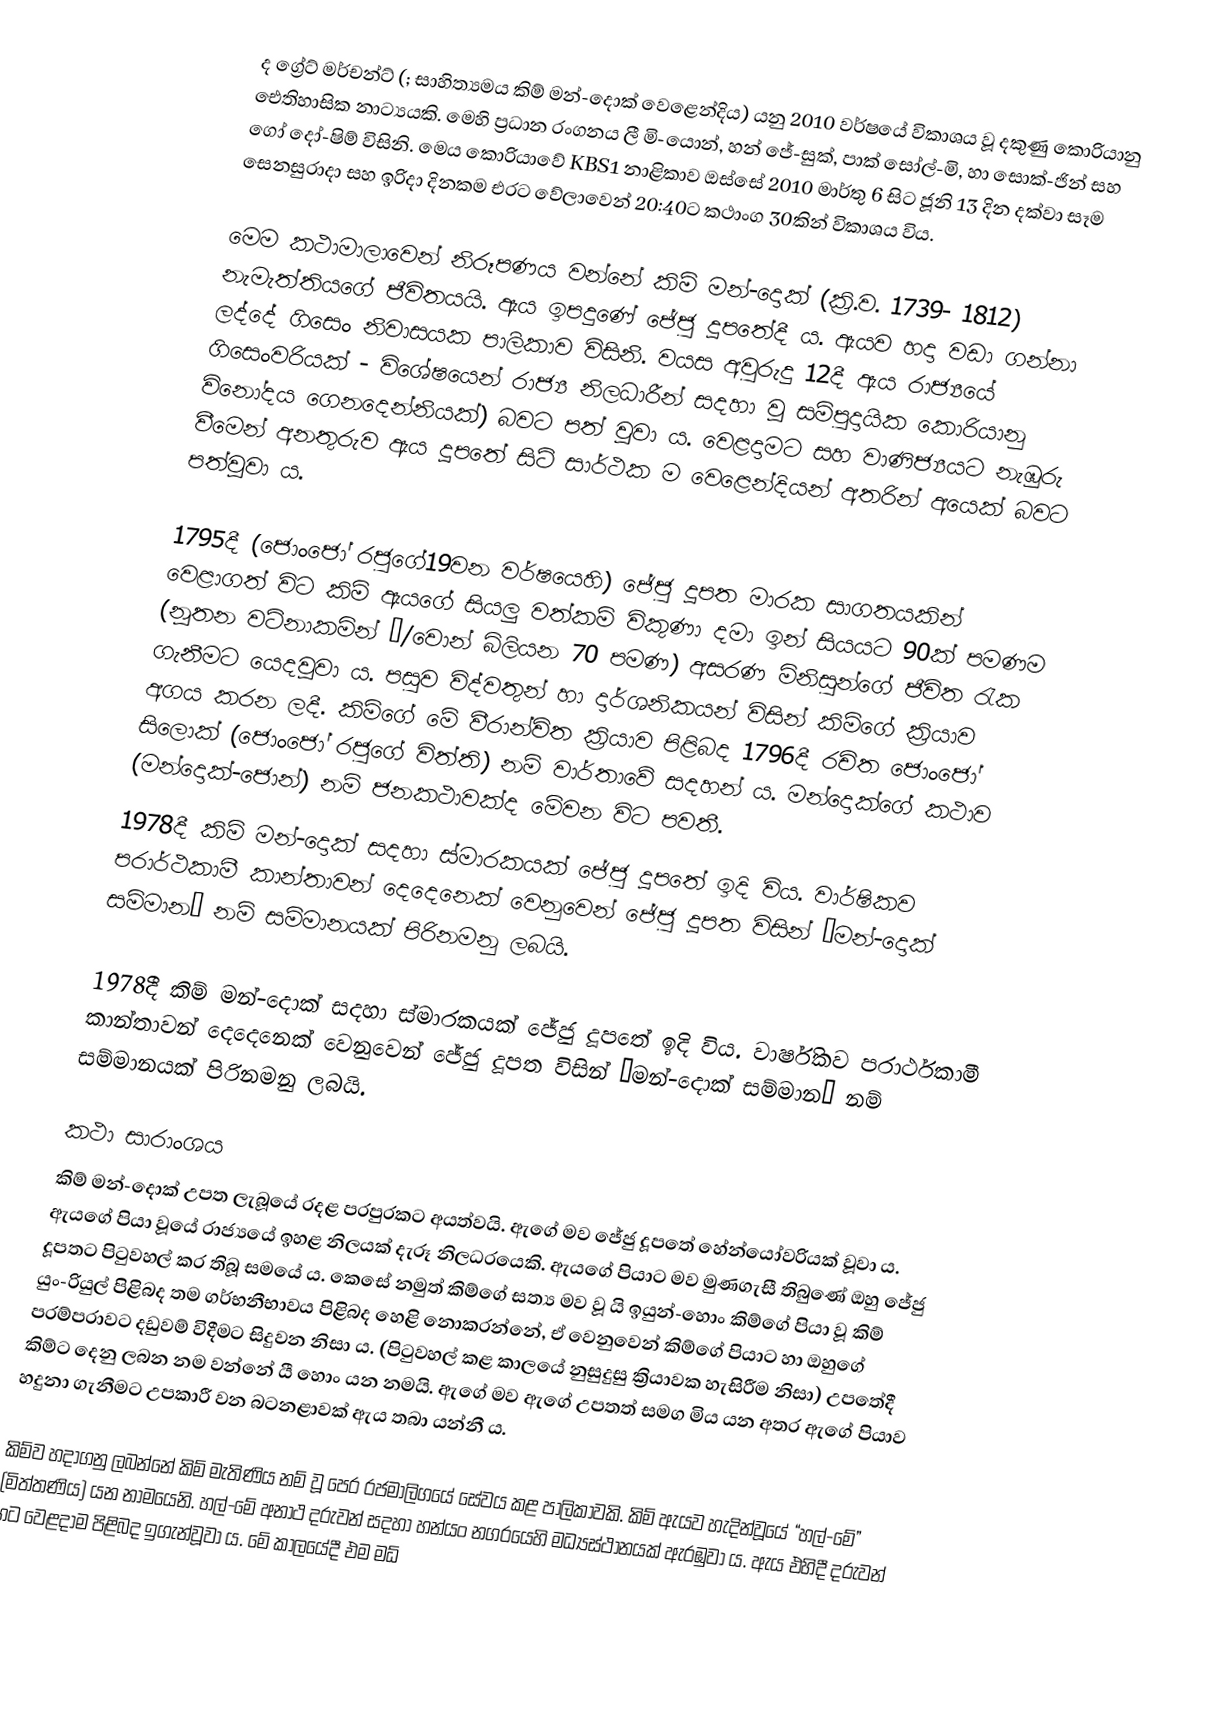
ද ග්‍රේට් මර්චන්ට් (; සාහිත්‍යමය කිම් මන්-දොක් වෙළෙන්දිය) යනු 2010 වර්ෂයේ විකාශය වූ දකුණු කොරියානු ඓතිහාසික නාට්‍යයකි. මෙහි ප්‍රධාන රංගනය ලී මි-යොන්, හන් ජේ-සුක්, පාක් සෝල්-මි, හා සොක්-ජින් සහ ගෝ දෝ-ෂිම් විසිනි. මෙය කොරියාවේ KBS1 නාළිකාව ඔස්සේ 2010 මාර්තු 6 සිට ජූනි 13 දින දක්වා සෑම සෙනසුරාදා සහ ඉරිදා දිනකම එරට වේලාවෙන් 20:40ට කථාංග 30කින් විකාශය විය.

මෙම කථාමාලාවෙන් නිරූපණය වන්නේ කිම් මන්-දොක් (ක්‍රි.ව. 1739- 1812) නැමැත්තියගේ ජීවිතයයි. ඇය ඉපදුණේ ජේජු දූපතේදී ය. ඇයව හදා වඩා ගන්නා ලද්දේ ගිසෙං නිවාසයක පාලිකාව විසිනි. වයස අවුරුදු 12දී ඇය රාජ්‍යයේ ගිසෙංවරියක් - විශේෂයෙන් රාජ්‍ය නිලධාරීන් සදහා වූ සම්පුදායික කොරියානු  විනෝදය ගෙනදෙන්නියක්) බවට පත් වූවා ය. වෙළදා‍මට සහ වාණිජ්‍යයට නැඹුරු වීමෙන් අනතුරුව ඇය දූපතේ සිටි සාර්ථක ම වෙළෙන්දියන් අතරින් අයෙක් බවට පත්වූවා ය.

1795දී (ජොංජෝ රජුගේ19වන වර්ෂයෙහි) ජේජු දූපත මාරක සාගතයකින් වෙළාගත් විට කිම් ඇයගේ සියලු වත්කම් විකුණා දමා ඉන් සියයට 90ක් පමණම (නූතන වටිනාකමින් ₩/වොන් බිලියන 70 පමණ) අසරණ මිනිසුන්ගේ ජීවිත රැක ගැනීමට යෙදවූවා ය. පසුව විද්වතුන් හා දාර්ශනිකයන් විසින් කිම්ගේ ක්‍රියාව අගය කරන ලදී. කිම්ගේ මේ වීරාන්විත ක්‍රියාව පිළිබද 1796දී රචිත  ජොංජෝ සිලොක් (ජොංජෝ රජුගේ විත්ති) නම් වාර්තාවේ සදහන් ය.  මන්දොක්ගේ කථාව (මන්දොක්-ජොන්) නම් ජනකථාවක්ද මේවන විට පවතී.
1978දී කිම් මන්-දොක් සදහා ස්මාරකයක් ජේජු දූපතේ ඉදි විය. වාර්ෂිකව පරාර්ථකාමී කාන්තාවන් දෙදෙනෙක්  වෙනුවෙන් ජේජු දූපත විසින් “මන්-දොක් සම්මාන” නම් සම්මානයක් පිරිනමනු ලබයි.

1978දී කිම් මන්-දොක් සදහා ස්මාරකයක් ජේජු දූපතේ ඉදි විය. වාර්ෂිකව පරාර්ථකාමී කාන්තාවන් දෙදෙනෙක්  වෙනුවෙන් ජේජු දූපත විසින් “මන්-දොක් සම්මාන” නම් සම්මානයක් පිරිනමනු ලබයි.

කථා සාරාංශය
කිම් මන්-දොක් උපත ලැබූයේ රදළ පරපුරකට අයත්වයි. ඇගේ මව ජේජු දූපතේ හේන්යෝවරියක් වූවා ය. ඇයගේ පියා වූයේ රාජ්‍යයේ ඉහළ නිලයක් දැරූ නිලධරයෙකි. ඇයගේ පියාට මව මුණගැසී තිබුණේ ඔහු ජේජු දූපතට පිටුවහල් කර තිබූ සමයේ ය. කෙසේ නමුත් කිම්ගේ සත්‍ය මව වූ යි ඉයුන්-හොං කිම්ගේ  පියා වූ කිම් යුං-රියුල් පිළිබද තම ගර්භනීභාවය පිළිබද හෙළි නොකරන්නේ, ඒ වෙනුවෙන් කිම්ගේ පියාට හා ඔහුගේ පරම්පරාවට දඩුවම් විදීමට සිදුවන නිසා ය. (පිටුවහල් කළ කාලයේ නුසුදුසු ක්‍රියාවක හැසිරීම නිසා) උපතේදී කිම්ට දෙනු ලබන නම වන්නේ යී හොං  යන නමයි. ඇගේ මව ඇගේ උපතත් සමග මිය යන අතර ඇගේ පියාව හදුනා ගැනීමට උපකාරී වන බටනළාවක් ඇය තබා යන්නී ය.

කිම්ව හදාගනු ලබන්නේ කිම් මැතිණිය  නම් වූ පෙර රජමාලිගයේ සේවය කළ පාලිකාවකි. කිම් ඇයව හැදින්වූයේ “හල්-මේ” (මිත්තණිය) යන නාමයෙනි. හල්-මේ අනාථ දරුවන් සදහා හන්යං නගරයෙහි මධ්‍යස්ථානයක් ඇරඹුවා ය. ඇය එහිදී දරුවන් හට වෙළදාම පිළිබද ඉගැන්වූවා ය.  මේ කාලයේදී එම මධ්